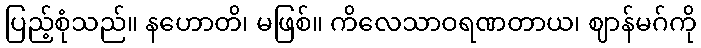
ပြည့်စုံသည်။ နဟောတိ၊ မဖြစ်။ ကိလေသာဝရဏတာယ၊ ဈာန်မဂ်ကို